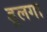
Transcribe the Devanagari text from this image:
डूलगा